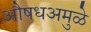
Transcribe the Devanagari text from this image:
औषधअमुळे